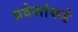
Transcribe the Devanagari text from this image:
प्रदेशांकडे